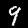
Digit: 9